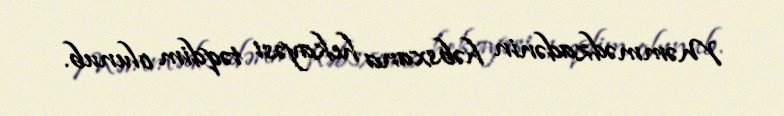
Məmmədzadənin həbsxana hekayəsi təqdim olunub.